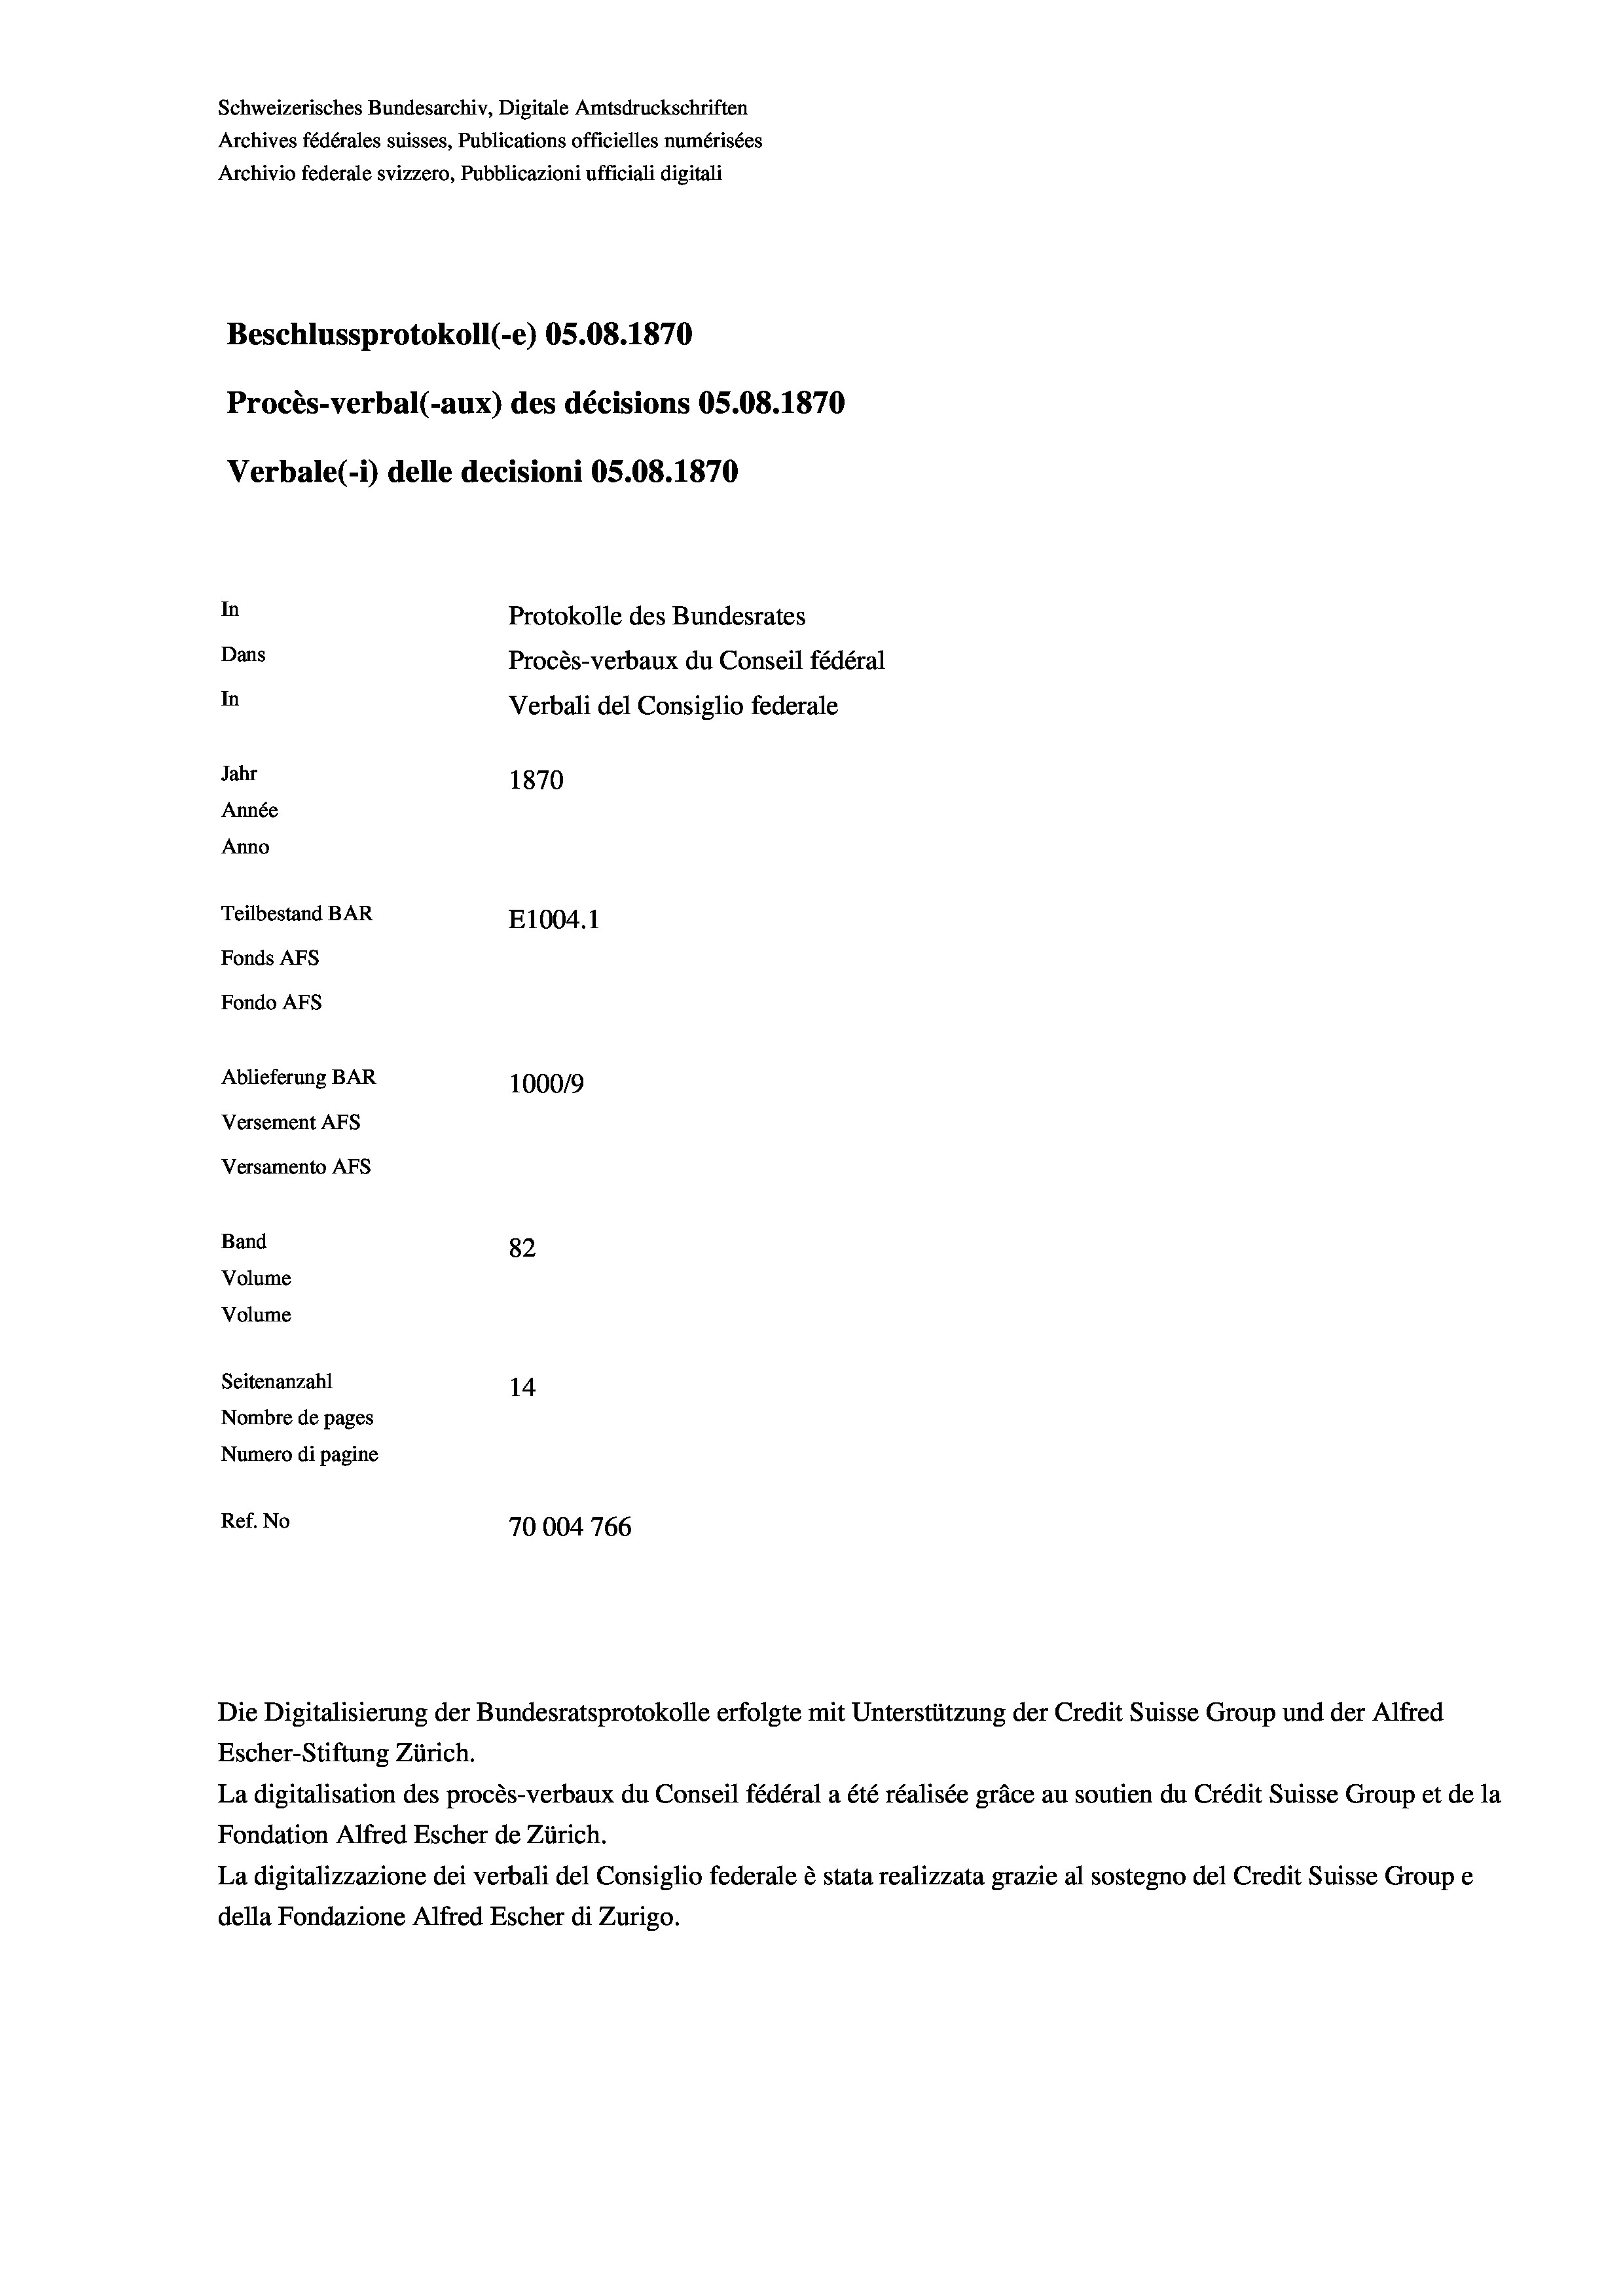
Schweizerisches Bundesarchiv, Digitale Amtsdruckschriften
Archives fédérales suisses, Publications officielles numérisées
Archivio federale svizzero, Pubblicazioni ufficiali digitali
Beschlussprotokoll (-e) OS.08. 1870
Procès-verbal (-aux) des décisions OS.08. 1870
Verbale(-*) delle decisioni OS.08. 1870
In
Protokolle des Bundesrates
Dans
Procès-verbaux du Conseil fédéral
In
Verbali del Consiglio federale
Jahr
1870
Année
Anno
Teilbestand BAR
E1004.1
Fonds AFs
Fondo AFs
Ablieferung BAR
1000/9
Versement Abs
Versamento Afs
Band
82
Volume
Volume

Seitenanzahl
14
Nombre de pages
Numero di pagine
Ref. No
70004766

Escher-Stiftung Zürich.
La digitalisation des procès-verbaux du Conseil fédéral a été réalisée gräce au soutien du Crédit Suisse Group et de la
Fondation Alfred Escher de Zürich.
La digitalizzazione dei verbali del Consiglio federale è stata realizzata grazie al sostegno del Credit Suisse Groupe
della Fondazione Alfred Escher di Zurigo.

Die Digitalisierung der Bundesratsprotokolle erfolgte mit Unterstützung der Credit Suisse Group und der Alfred